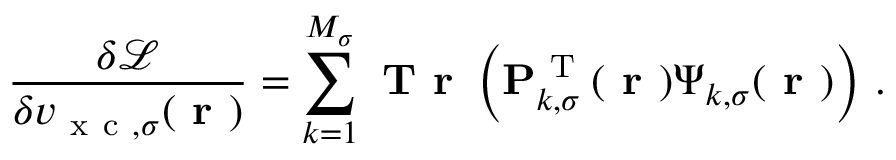
\frac { \delta \mathcal { L } } { \delta v _ { \mathrm { ~ x ~ c ~ } , \sigma } ( \boldsymbol { \textbf { r } } ) } = \sum _ { k = 1 } ^ { M _ { \sigma } } \textbf { T r } \left( \mathbf { P } _ { k , \sigma } ^ { \mathrm { ~ T ~ } } ( \boldsymbol { \textbf { r } } ) \boldsymbol { \Psi } _ { k , \sigma } ( \boldsymbol { \textbf { r } } ) \right) \, .